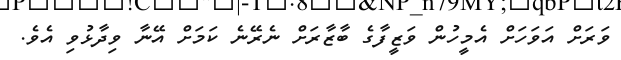
ވަރަށް އަވަހަށް އެމީހުން ވަޒީފާގެ ބާޒާރަށް ނެރޭނެ ކަމަށް އޭނާ ވިދާޅުވި އެވެ.